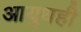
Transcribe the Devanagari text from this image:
आयुधही